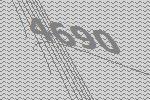
4690